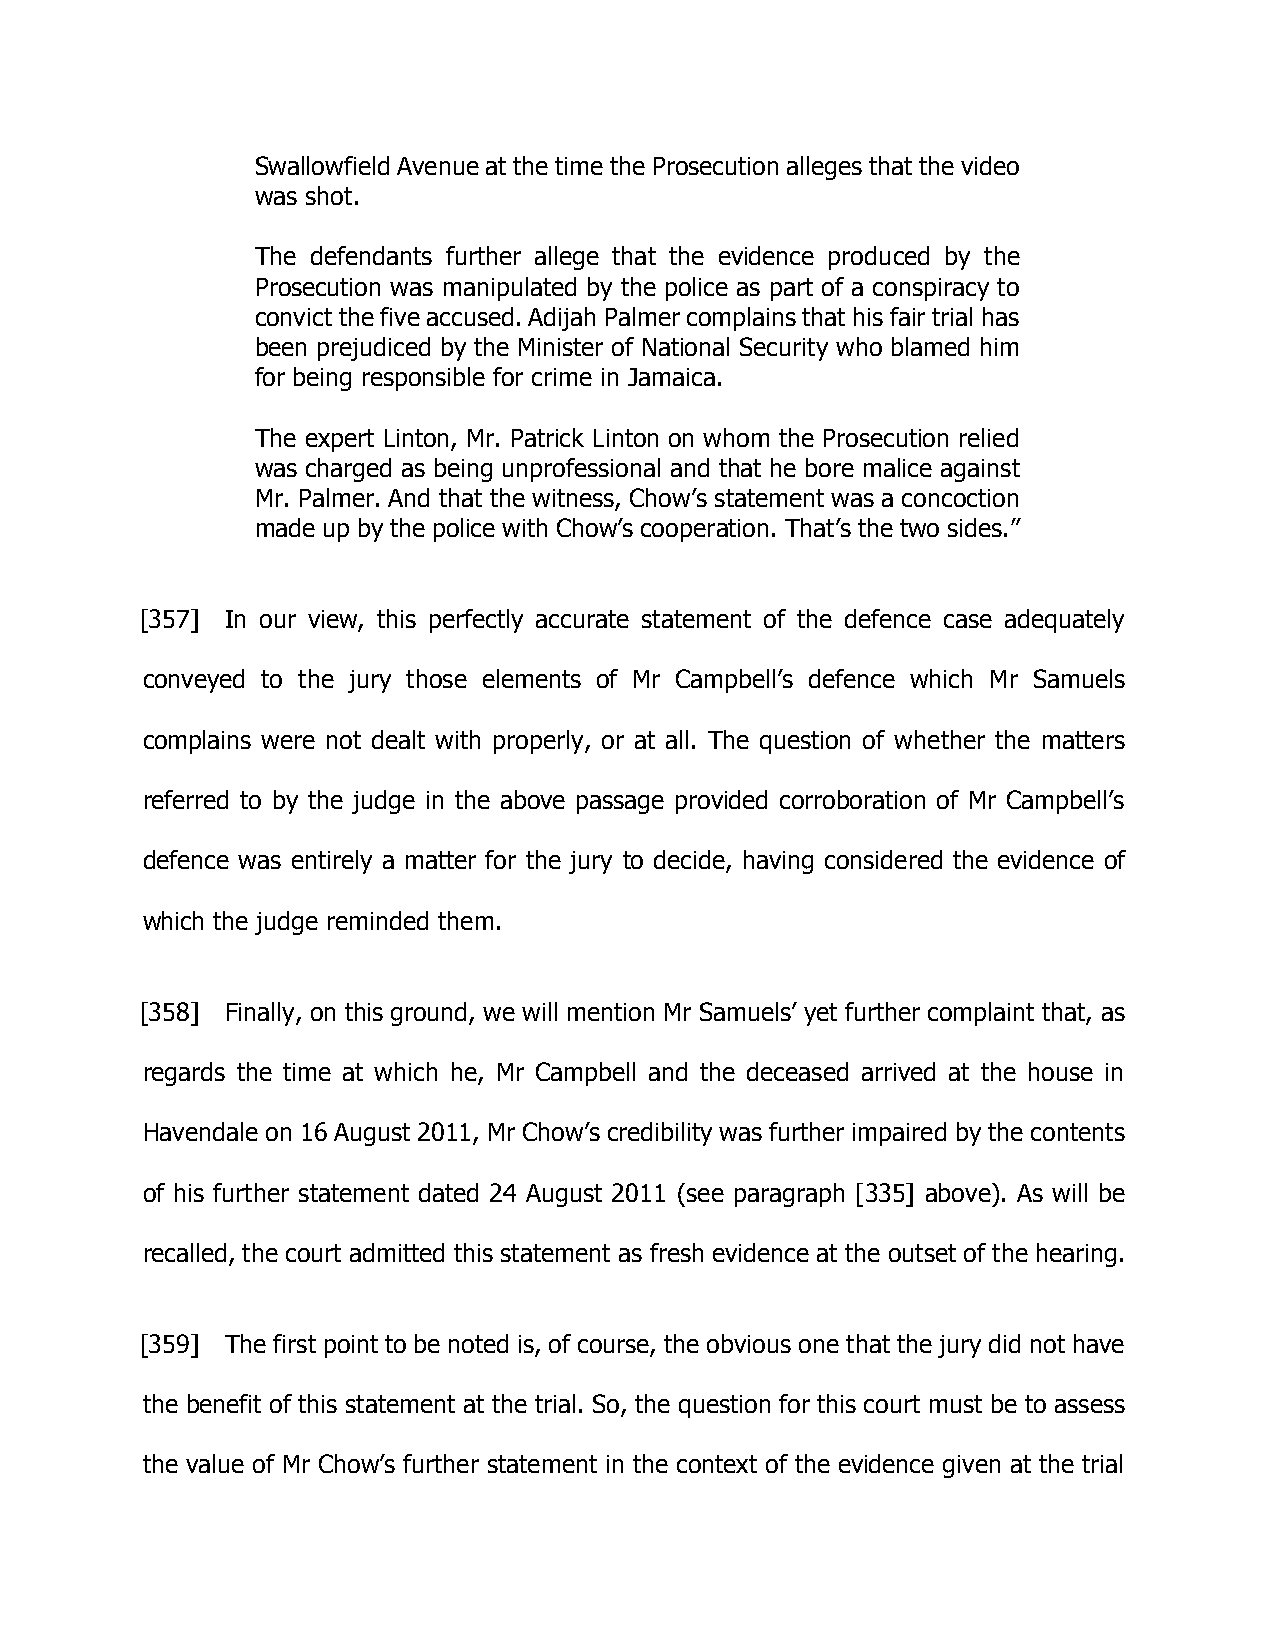
Swallowfield Avenue at the time the Prosecution alleges that the video
 was shot.
 The defendants further allege that the evidence produced by the
 Prosecution was manipulated by the police as part of a conspiracy to
 convict the five accused. Adijah Palmer complains that his fair trial has
 been prejudiced by the Minister of National Security who blamed him
 for being responsible for crime in Jamaica.
 The expert Linton, Mr. Patrick Linton on whom the Prosecution relied
 was charged as being unprofessional and that he bore malice against
 Mr. Palmer. And that the witness, Chow’s statement was a concoction
 made up by the police with Chow’s cooperation. That’s the two sides.”
 [357] In our view, this perfectly accurate statement of the defence case adequately
 conveyed to the jury those elements of Mr Campbell’s defence which Mr Samuels
 complains were not dealt with properly, or at all. The question of whether the matters
 referred to by the judge in the above passage provided corroboration of Mr Campbell’s
 defence was entirely a matter for the jury to decide, having considered the evidence of
 which the judge reminded them.
 [358] Finally, on this ground, we will mention Mr Samuels’ yet further complaint that, as
 regards the time at which he, Mr Campbell and the deceased arrived at the house in
 Havendale on 16 August 2011, Mr Chow’s credibility was further impaired by the contents
 of his further statement dated 24 August 2011 (see paragraph [335] above). As will be
 recalled, the court admitted this statement as fresh evidence at the outset of the hearing.
 [359] The first point to be noted is, of course, the obvious one that the jury did not have
 the benefit of this statement at the trial. So, the question for this court must be to assess
 the value of Mr Chow’s further statement in the context of the evidence given at the trial